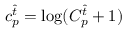
c _ { p } ^ { \hat { t } } = \log ( C _ { p } ^ { \hat { t } } + 1 )